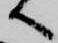
へ